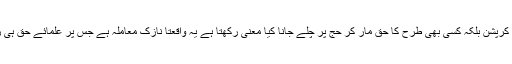
ساری قوم یا گروہ ،فردکسی کا بھی حق کھا کر نہ صرف کرپشن بلکہ کسی بھی طرح کا حق مار کر حج پر چلے جانا کیا معنی رکھتا ہے یہ واقعتاً نازک معاملہ ہے جس پر علمائے حق ہی روشنی ڈال سکتے ہیں اور قوم کی رہنمائی کرنی چاہئیے ۔